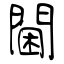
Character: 閫